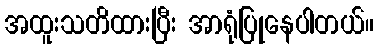
အထူးသတိထားပြီး အာရုံပြုနေပါတယ်။